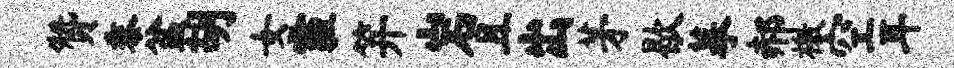
赞黍盆胡女霾笄岩且出茅歇摹郝檄空耳